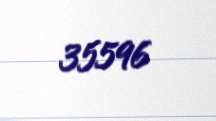
35596